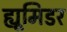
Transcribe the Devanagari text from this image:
ह्यूमिडर